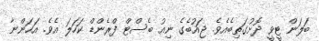
ބަލަން ޓީވީ ދޮށުގަތިބެއެވެ. ޖައުބެގެ ނިއު ބެސްޓް ފްރެންޑް ކަހަލަ އެވެ. އަހަންނާ